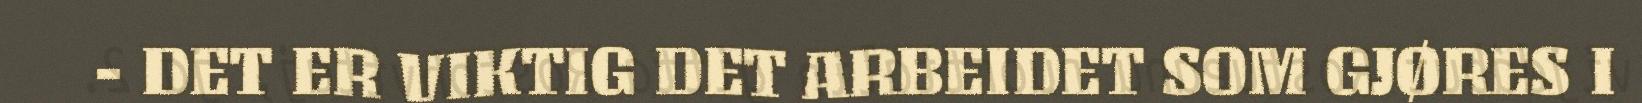
- DET ER VIKTIG DET ARBEIDET SOM GJØRES I